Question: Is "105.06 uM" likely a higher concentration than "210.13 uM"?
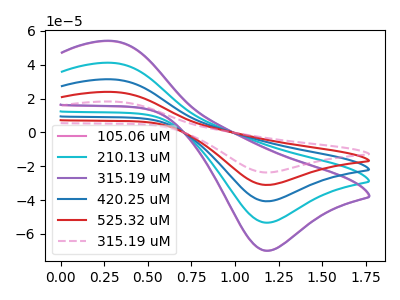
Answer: <think>The pink curve "105.06 uM" has an anodic peak at (0.30V, 53.90uA) and a cathodic peak at (1.20V, -69.95uA). The cyan curve "210.13 uM" has an anodic peak at (0.30V, 41.10uA) and a cathodic peak at (1.20V, -53.35uA). The purple curve "315.19 uM" has an anodic peak at (0.30V, 54.10uA) and a cathodic peak at (1.20V, -69.95uA). The blue curve "420.25 uM" has an anodic peak at (0.30V, 82.25uA) and a cathodic peak at (1.20V, -106.75uA). The red curve "525.32 uM" has an anodic peak at (0.30V, 123.35uA) and a cathodic peak at (1.20V, -160.10uA). The pink dashed curve "315.19 uM" has an anodic peak at (0.30V, 164.50uA) and a cathodic peak at (1.20V, -213.45uA).
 All the peaks in "105.06 uM" have a peak in "210.13 uM" at the same potential. Every peak in "105.06 uM" is higher than every peak in "210.13 uM".</think>
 <answer>"105.06 uM" has more signal than "210.13 uM".</answer>
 <eval>more_signal</eval>